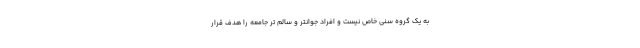
به یک گروه سنی خاص نیست و افراد جوانتر و سالم تر جامعه را هدف قرار